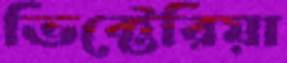
ভিক্টেরিয়া